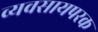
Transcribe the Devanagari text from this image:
व्यवसायपरक